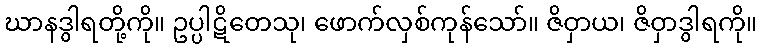
ဃာနဒွါရတို့ကို။ ဥပ္ပါဋိတေသု၊ ဖောက်လှစ်ကုန်သော်။ ဇိဝှာယ၊ ဇိဝှာဒွါရကို။